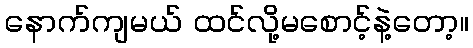
နောက်ကျမယ် ထင်လို့မစောင့်နဲ့တော့။